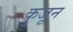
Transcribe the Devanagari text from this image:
कुजून